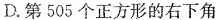
D.第505个正方形的右下角